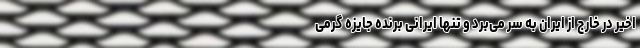
اخیر در خارج از ایران به سر می‌برد و تنها ایرانی برنده جایزه گرمی